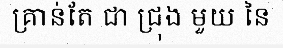
គ្រាន់តែ ជា ជ្រុង មួយ នៃ